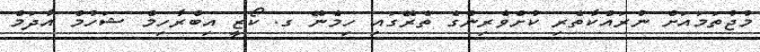
މުޖުތަމައަށް ނުރައްކާތެރި ކުށްވެރިންގެ ތެރޭގައި ހިމެނޭ ގ. ކޯޒީ އިބްރާހިމް ޝަހުމް އާދަމް